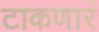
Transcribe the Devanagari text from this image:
टाकणारं